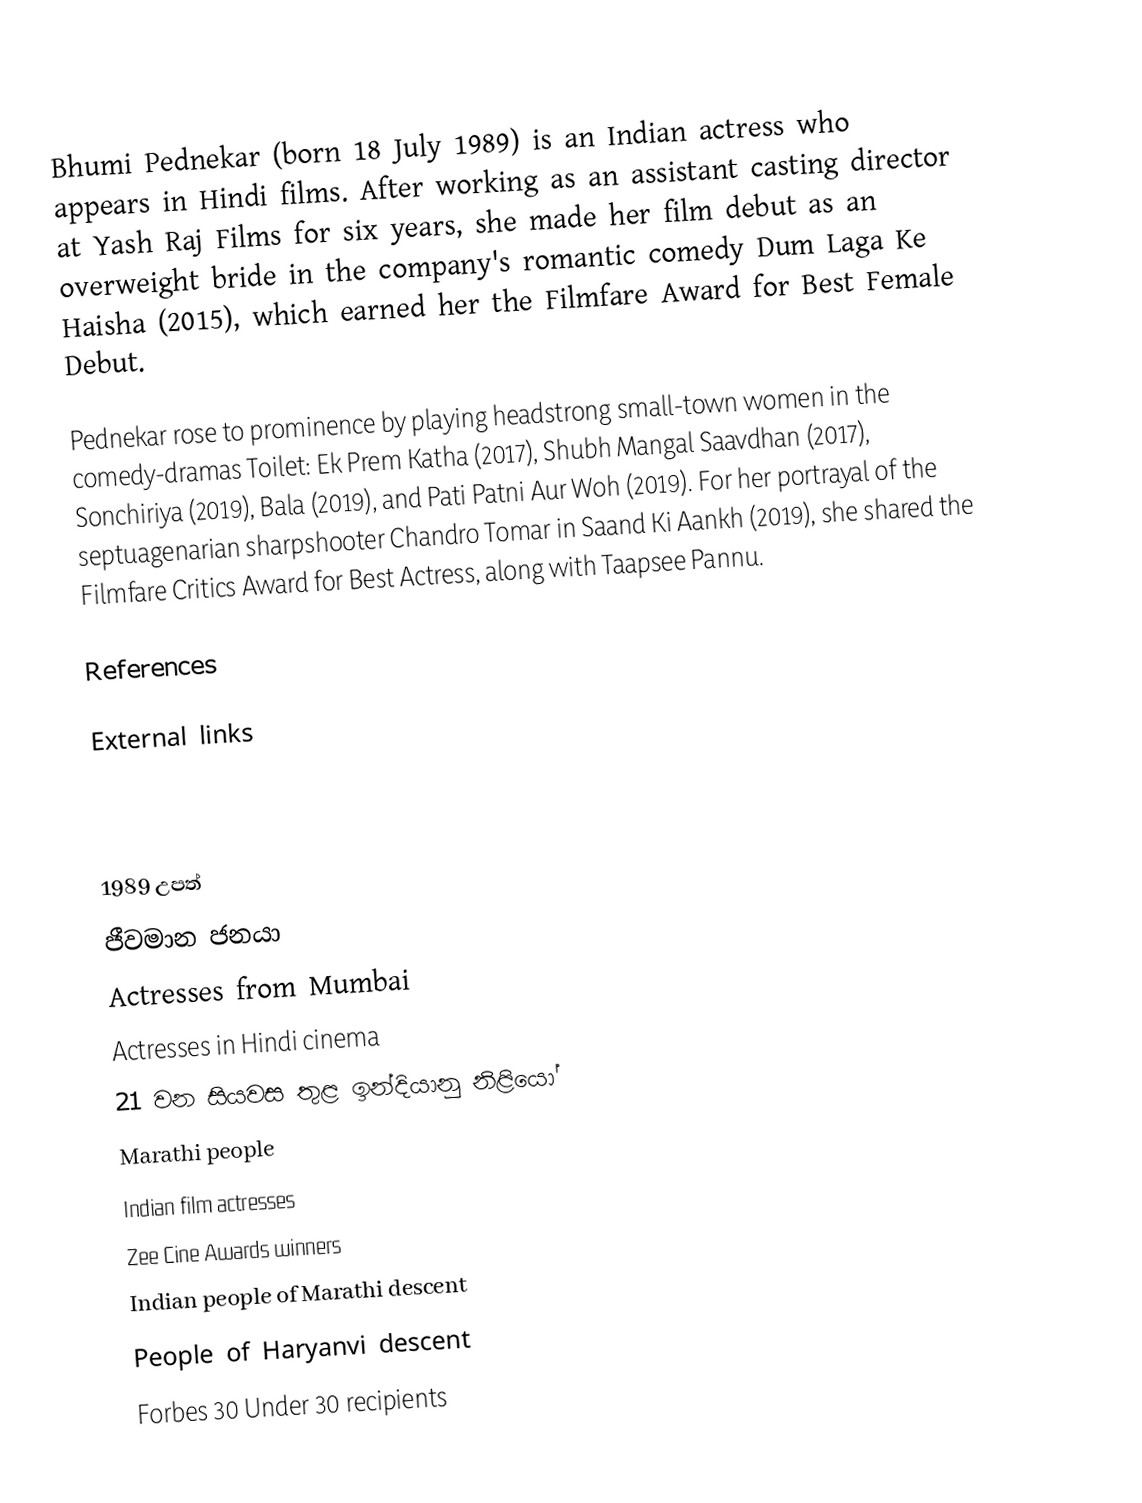
Bhumi Pednekar (born 18 July 1989) is an Indian actress who appears in Hindi films. After working as an assistant casting director at Yash Raj Films for six years, she made her film debut as an overweight bride in the company's romantic comedy Dum Laga Ke Haisha (2015), which earned her the Filmfare Award for Best Female Debut.

Pednekar rose to prominence by playing headstrong small-town women in the comedy-dramas Toilet: Ek Prem Katha (2017), Shubh Mangal Saavdhan (2017), Sonchiriya (2019), Bala (2019), and Pati Patni Aur Woh (2019). For her portrayal of the septuagenarian sharpshooter Chandro Tomar in Saand Ki Aankh (2019), she shared the Filmfare Critics Award for Best Actress, along with Taapsee Pannu.

References

External links

1989 උපත්
ජීවමාන ජනයා
Actresses from Mumbai
Actresses in Hindi cinema
21 වන සියවස තුළ ඉන්දියානු නිළියෝ
Marathi people
Indian film actresses
Zee Cine Awards winners
Indian people of Marathi descent
People of Haryanvi descent
Forbes 30 Under 30 recipients